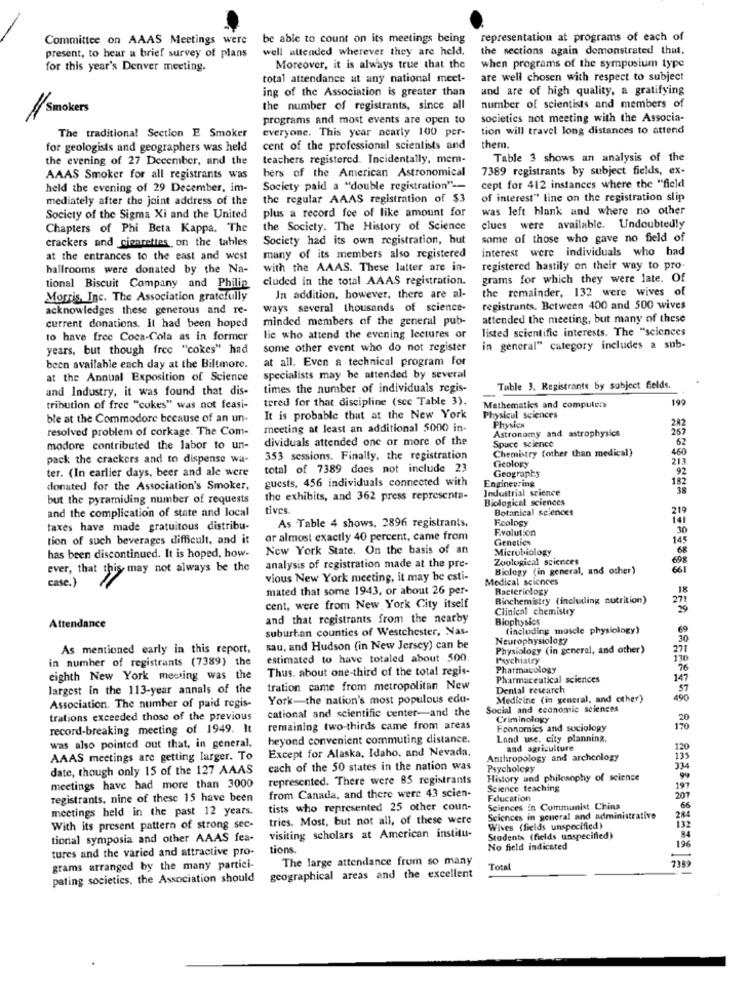
Committee on AAAS Meetings were
be able to count on its meetings being
representation at programs of each of
well attended wherever they are held.
the sections again demonstrated that.
present, to hear a brief survey of plans
for this year's Denver meeting.
Moreover, it is always true that the
when programs of the symposium type
total attendance at any national meet-
are well chosen with respect to subject
ing of the Association is greater than
and are of high quality, a gratifying
11 Smokers
the number of registrants, since all
number of scientists and members of
programs and most events are open to
societies not meeting with the Associa-
everyone. This year nearly 100 por-
tion will travel long distances to attend
The traditional Section E Smoker
for geologists and geographers was held
cent of the professional scientists and
them .
the evening of 27 December, and the
teachers registered. Incidentally, mem-
Table 3 shows an analysis of the
bers of the American Astronomical
7389 registrants by subject fields, ex-
AAAS Smoker for all registrants was
held the evening of 29 December, im-
Society paid a "double registration" --
cept for 412 instances where the "field
mediately after the joint address of the
the regular AAAS registration of $3
of interest" line on the registration slip
plus a record fee of like amount for
was left blank and where no other
Society of the Sigma Xi and the United
Chapters of Phi Beta Kappa. The
the Society. The History of Science
clues were
available. Undoubtedly
crackers and cienrettes on the tables
Society had its own registration, but
some of those who gave no field of
interest were individuals who had
at the entrances to the east and west
many of its members also registered
hallrooms were donated by the Na-
with the AAAS. These latter are in-
registered hastily on their way to pro-
cluded in the total AAAS registration.
grams for which they were late. Of
tional Biscuit Company and Philie
the remainder, 132 were wives of
Morris, Inc. The Association gratefully
In addition, however, there are al-
acknowledges these generous and re-
ways several thousands of science-
registrants. Between 400 and 500 wives
current donations. It had been hoped
minded members of the general pub-
attended the meeting, but many of these
listed scientific interests. The "sciences
to have free Coca-Cola as in former
lic who attend the evening lectures or
years, but though free "cokes" had
some other event who do not register
in general" category includes a sub-
at all. Even a technical program for
been available each day at the Biltmore.
at the Annual Exposition of Science
specialists may be attended by several
and Industry, it was found that dis-
times the number of individuals regis-
Tuble 3. Registrants by subject fields.
tered for that discipline (scc Table 3).
199
tribution of free "cokes" was not feasi-
Mathematics and computer
ble at the Commodore because of an un-
It is probable that at the New York
Physical sciences
resolved problem of corkage. The Com-
meeting at least an additional 5000 in-
Physics
Astronomy and astrophysics
dividuals attended one or more of the
Space science
62
modore contributed the labor to un-
Chemistry (other than medical)
460
pack the crackers and to dispense wa-
353 sessions. Finally, the registration
213
ter. (In earlier days, beer and ale were
total of 7389 does not include 23
Geology
92
guests, 456 individuals connected with
Geography
182
donated for the Association's Smoker,
Industrial science
Engineering
38
but the pyramiding number of requests
the exhibits, and 362 press representa-
Biological sciences
and the complication of state and local
tives
Botanical sciences
219
Fcology
taxes have made gratuitous distribu-
As Table 4 shows, 2896 registrants.
Evolution
30
tion of such beverages difficult, and it
or almost exactly 40 percent, came from
Genetics
145
New York State. On the basis of an
Microbiology
68
has been discontinued. It is hoped, how-
Zoological sciences
698
ever, that this may not always be the
analysis of registration made at the pre-
Biology (in general, and other)
case.)
vious New York meeting, it may be esti-
Medical sciences
mated that some 1943, or about 26 per-
Ractericlogy
Binchemistry (including nutrition)
279
cent, were from New York City itself
Clinical chemistry
Attendance
and that registrants from the nearby
Biophysics
suburban counties of Westchester, Nas.
(including muscle physiology)
Neurophysiology
As mentioned early in this report,
sau, and Hudson (in New Jersey) can be
Physiology (in general, and other)
in number of registrants (7389) the
estimated to have totaled about 500.
Psychiatry
Thus. about one-third of the total regis-
Pharmacology
eighth New York mewing was the
Pharmaceutical sciences
largest in the 113-year annals of the
tration came from metropolitan New
Dental research
York-the nation's most populous edu-
Medicine (in general, and other)
Association. The number of paid regis-
cational and scientific center-and the
Social and economic sciences
trations exceeded those of the previous
Criminology
record-breaking meeting of 1949. It
remaining two-thirds came from areas
Economics and sociology
beyond convenient commuting distance.
Land use, city planning.
was also pointed out that, in general,
Except for Alaska, Idaho, and Nevada.
and agriculture
120
AAAS meetings are getting larger. To
Anthropology and archeology
date, though only 15 of the 127 AAAS
each of the 50 states in the nation was
Psychology
represented. There were 85 registrants
History and philosophy of science
meetings have had more than 3000
Science teaching
197
registrants, nine of these 15 have been
from Canada, and there were 43 scien-
Education
201
meetings held in the past 12 years.
tists who represented 25 other coun-
Sciences in Communist China
tries. Most, but not all, of these were
Sciences in general and administrative
With its present pattern of strong sec-
visiting scholars at American institu-
Wives (fields unspecified)
tional symposia and other AAAS fea-
Students (fields unspecified)
tures and the varied and attractive pro-
tions.
No field indicated
The large attendance frum so many
grams arranged by the many partici-
Total
7389
pating societies, the Association should
geographical areas and the excellent